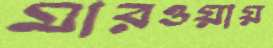
মারওয়ায়